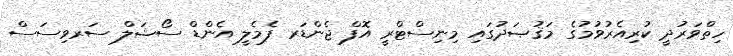
ހިތްވަރުދީ ކުރިއެރުވުމުގެ މަޤުޞަދުގައި މިނިސްޓްރީ އޮފް ޖެންޑަރ ފެމެލީ އެންޑް ސޯޝަލް ސަރވިސަސް